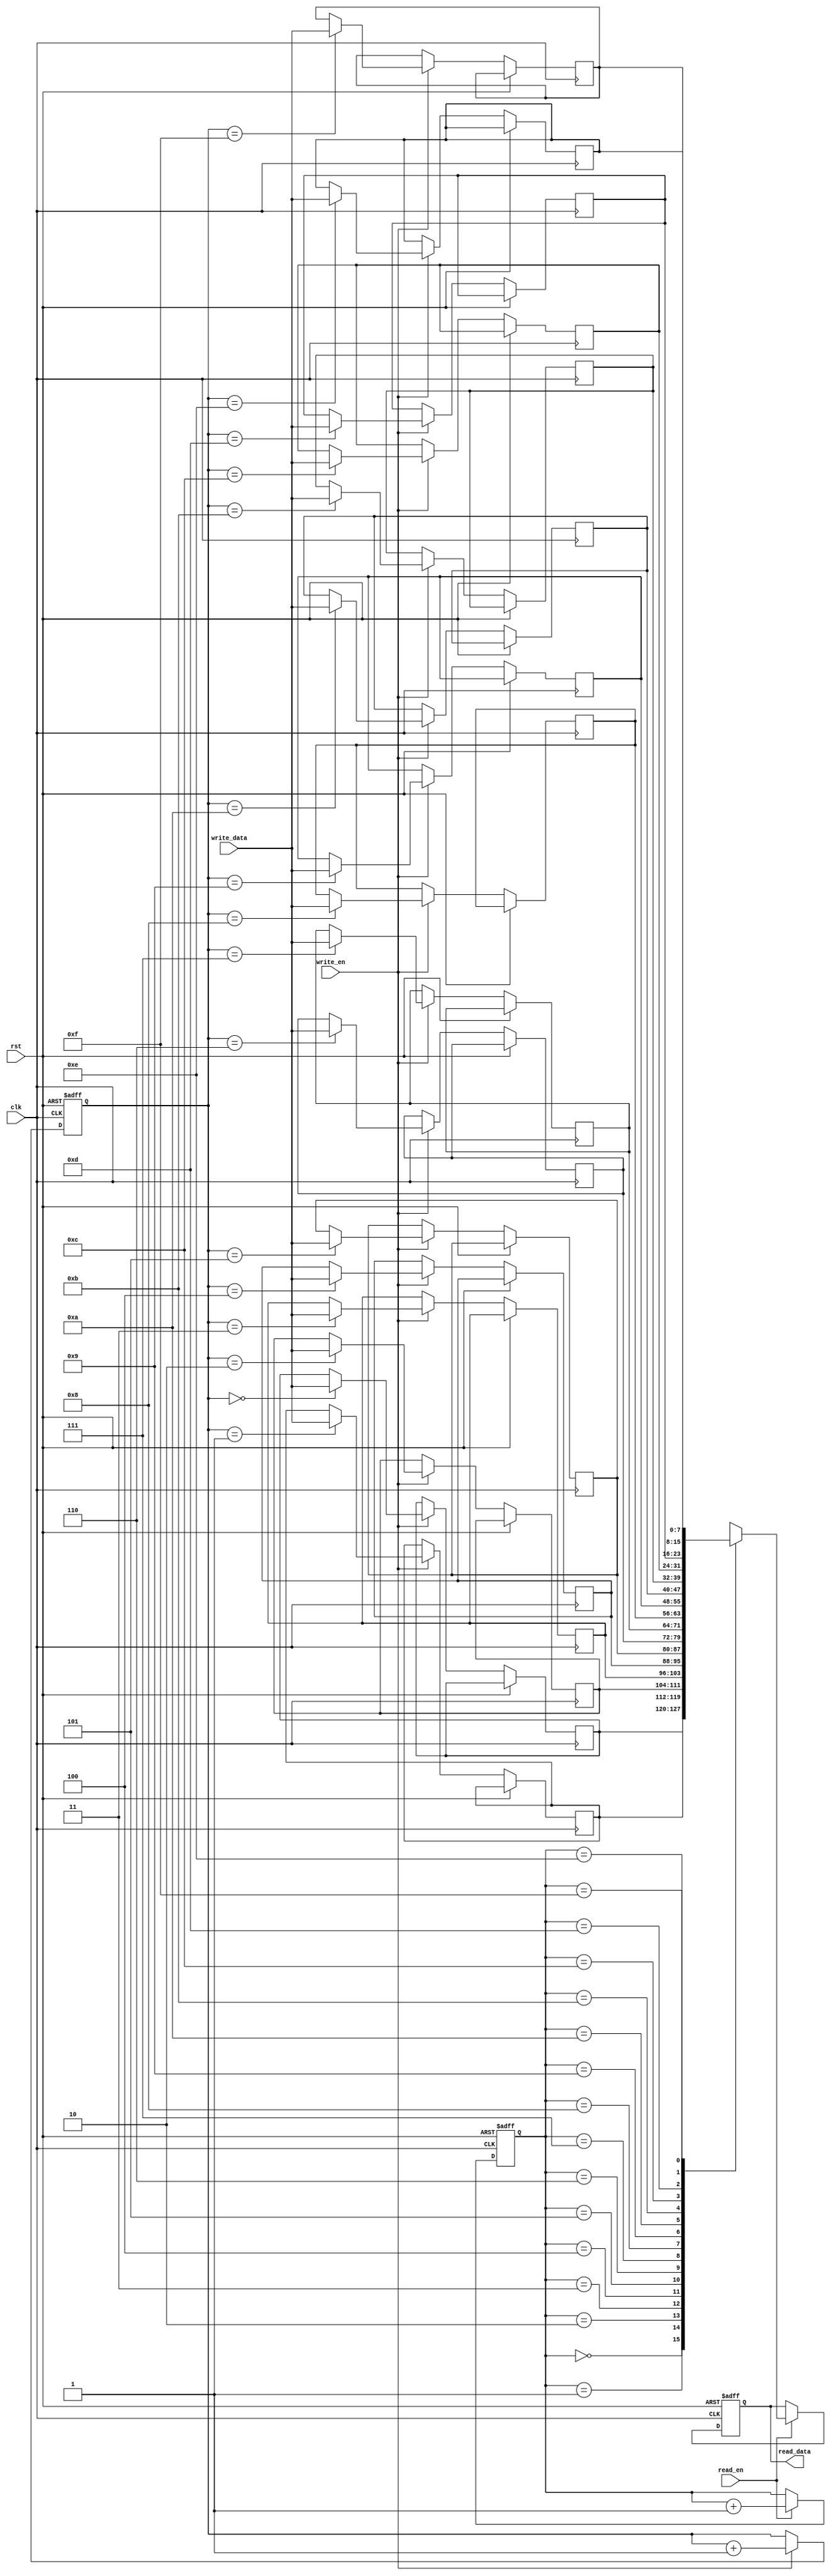
module dual_port_fifo (
  input wire clk,
  input wire rst,
  input wire [7:0] write_data,
  input wire write_en,
  output reg [7:0] read_data,
  input wire read_en
);

reg [7:0] memory [0:15];
reg [3:0] write_ptr = 0;
reg [3:0] read_ptr = 0;

always @(posedge clk or posedge rst) begin
  if (rst) begin
    write_ptr <= 0;
    read_ptr <= 0;
    read_data <= 8'b0;
  end else begin
    if (write_en) begin
      memory[write_ptr] <= write_data;
      write_ptr <= write_ptr + 1;
    end
    if (read_en) begin
      read_data <= memory[read_ptr];
      read_ptr <= read_ptr + 1;
    end
  end
end

endmodule